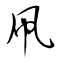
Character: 凧